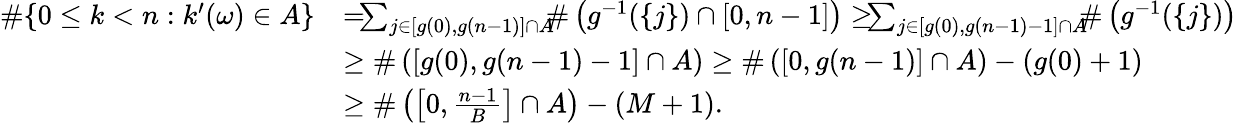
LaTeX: \begin{array}{rl}{\# \{ 0\leq k<n:k^{\prime}(\omega)\in A\} }&{=\! \! \! \sum_{j\in[g(0),g(n-1)]\cap A}\! \! \! \# \left(g^{-1}(\{ j\} )\cap[0,n-1]\right)\geq\! \! \! \sum_{j\in[g(0),g(n-1)-1]\cap A}\! \! \! \# \left(g^{-1}(\{ j\} )\right)}\\ &{\geq\# \left([g(0),g(n-1)-1]\cap A\right)\geq\# \left([0,g(n-1)]\cap A\right)-(g(0)+1)}\\ &{\geq\# \left(\left[0,\frac{n-1}{B}\right]\cap A\right)-(M+1).}\end{array}